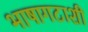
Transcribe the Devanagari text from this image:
भाषागटाशी